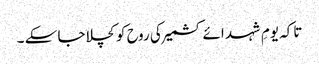
تاکہ یومِ شہد ائے کشمیر کی روح کو کچلا جا سکے ۔